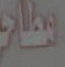
مطابق